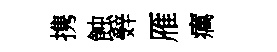
携蝕辤雁癘